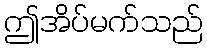
ဤအိပ်မက်သည်